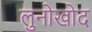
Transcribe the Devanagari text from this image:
लुनोखोद